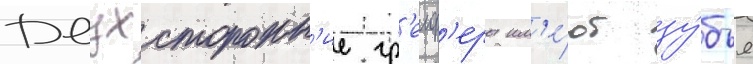
Двухсторонн'ие гр'еиф'еры им'е́ют зу́бья